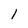
Character: 1